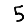
Digit: 5